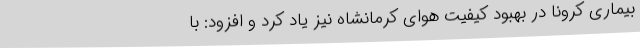
بیماری کرونا در بهبود کیفیت هوای کرمانشاه نیز یاد کرد و افزود: با